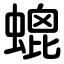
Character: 螕